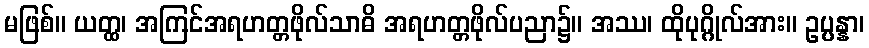
မဖြစ်။ ယတ္ထ၊ အကြင်အရဟတ္တဖိုလ်သာဓိ အရဟတ္တဖိုလ်ပညာ၌။ အဿ၊ ထိုပုဂ္ဂိုလ်အား။ ဥပ္ပန္နာ၊